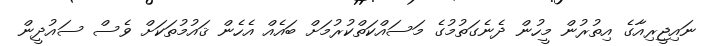
ނައިޖީރިއާގެ އިތުރުން މީހުން ދެނެގަތުމުގެ މަސައްކަތްކުރުމަށް ބައެއް އެހެން ޤައުމުތަކަށް ވެސް ސައުދީން